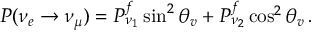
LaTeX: P ( \nu _ { e } \rightarrow \nu _ { \mu } ) = P _ { \nu _ { 1 } } ^ { f } \sin ^ { 2 } \theta _ { v } + P _ { \nu _ { 2 } } ^ { f } \cos ^ { 2 } \theta _ { v } \, .